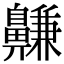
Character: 𪖳